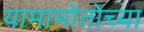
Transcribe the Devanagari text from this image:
यामामोतोच्या